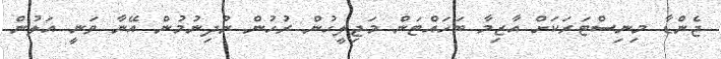
ޖެންޑާ މިނިސްޓަރަކަށް އާޒިމާ ބަހައްޓަން މަޖިލީހުން ރުހުން ނުދިނުމުން އޭނާ ވަނީ އަލުން